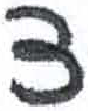
אות: צ